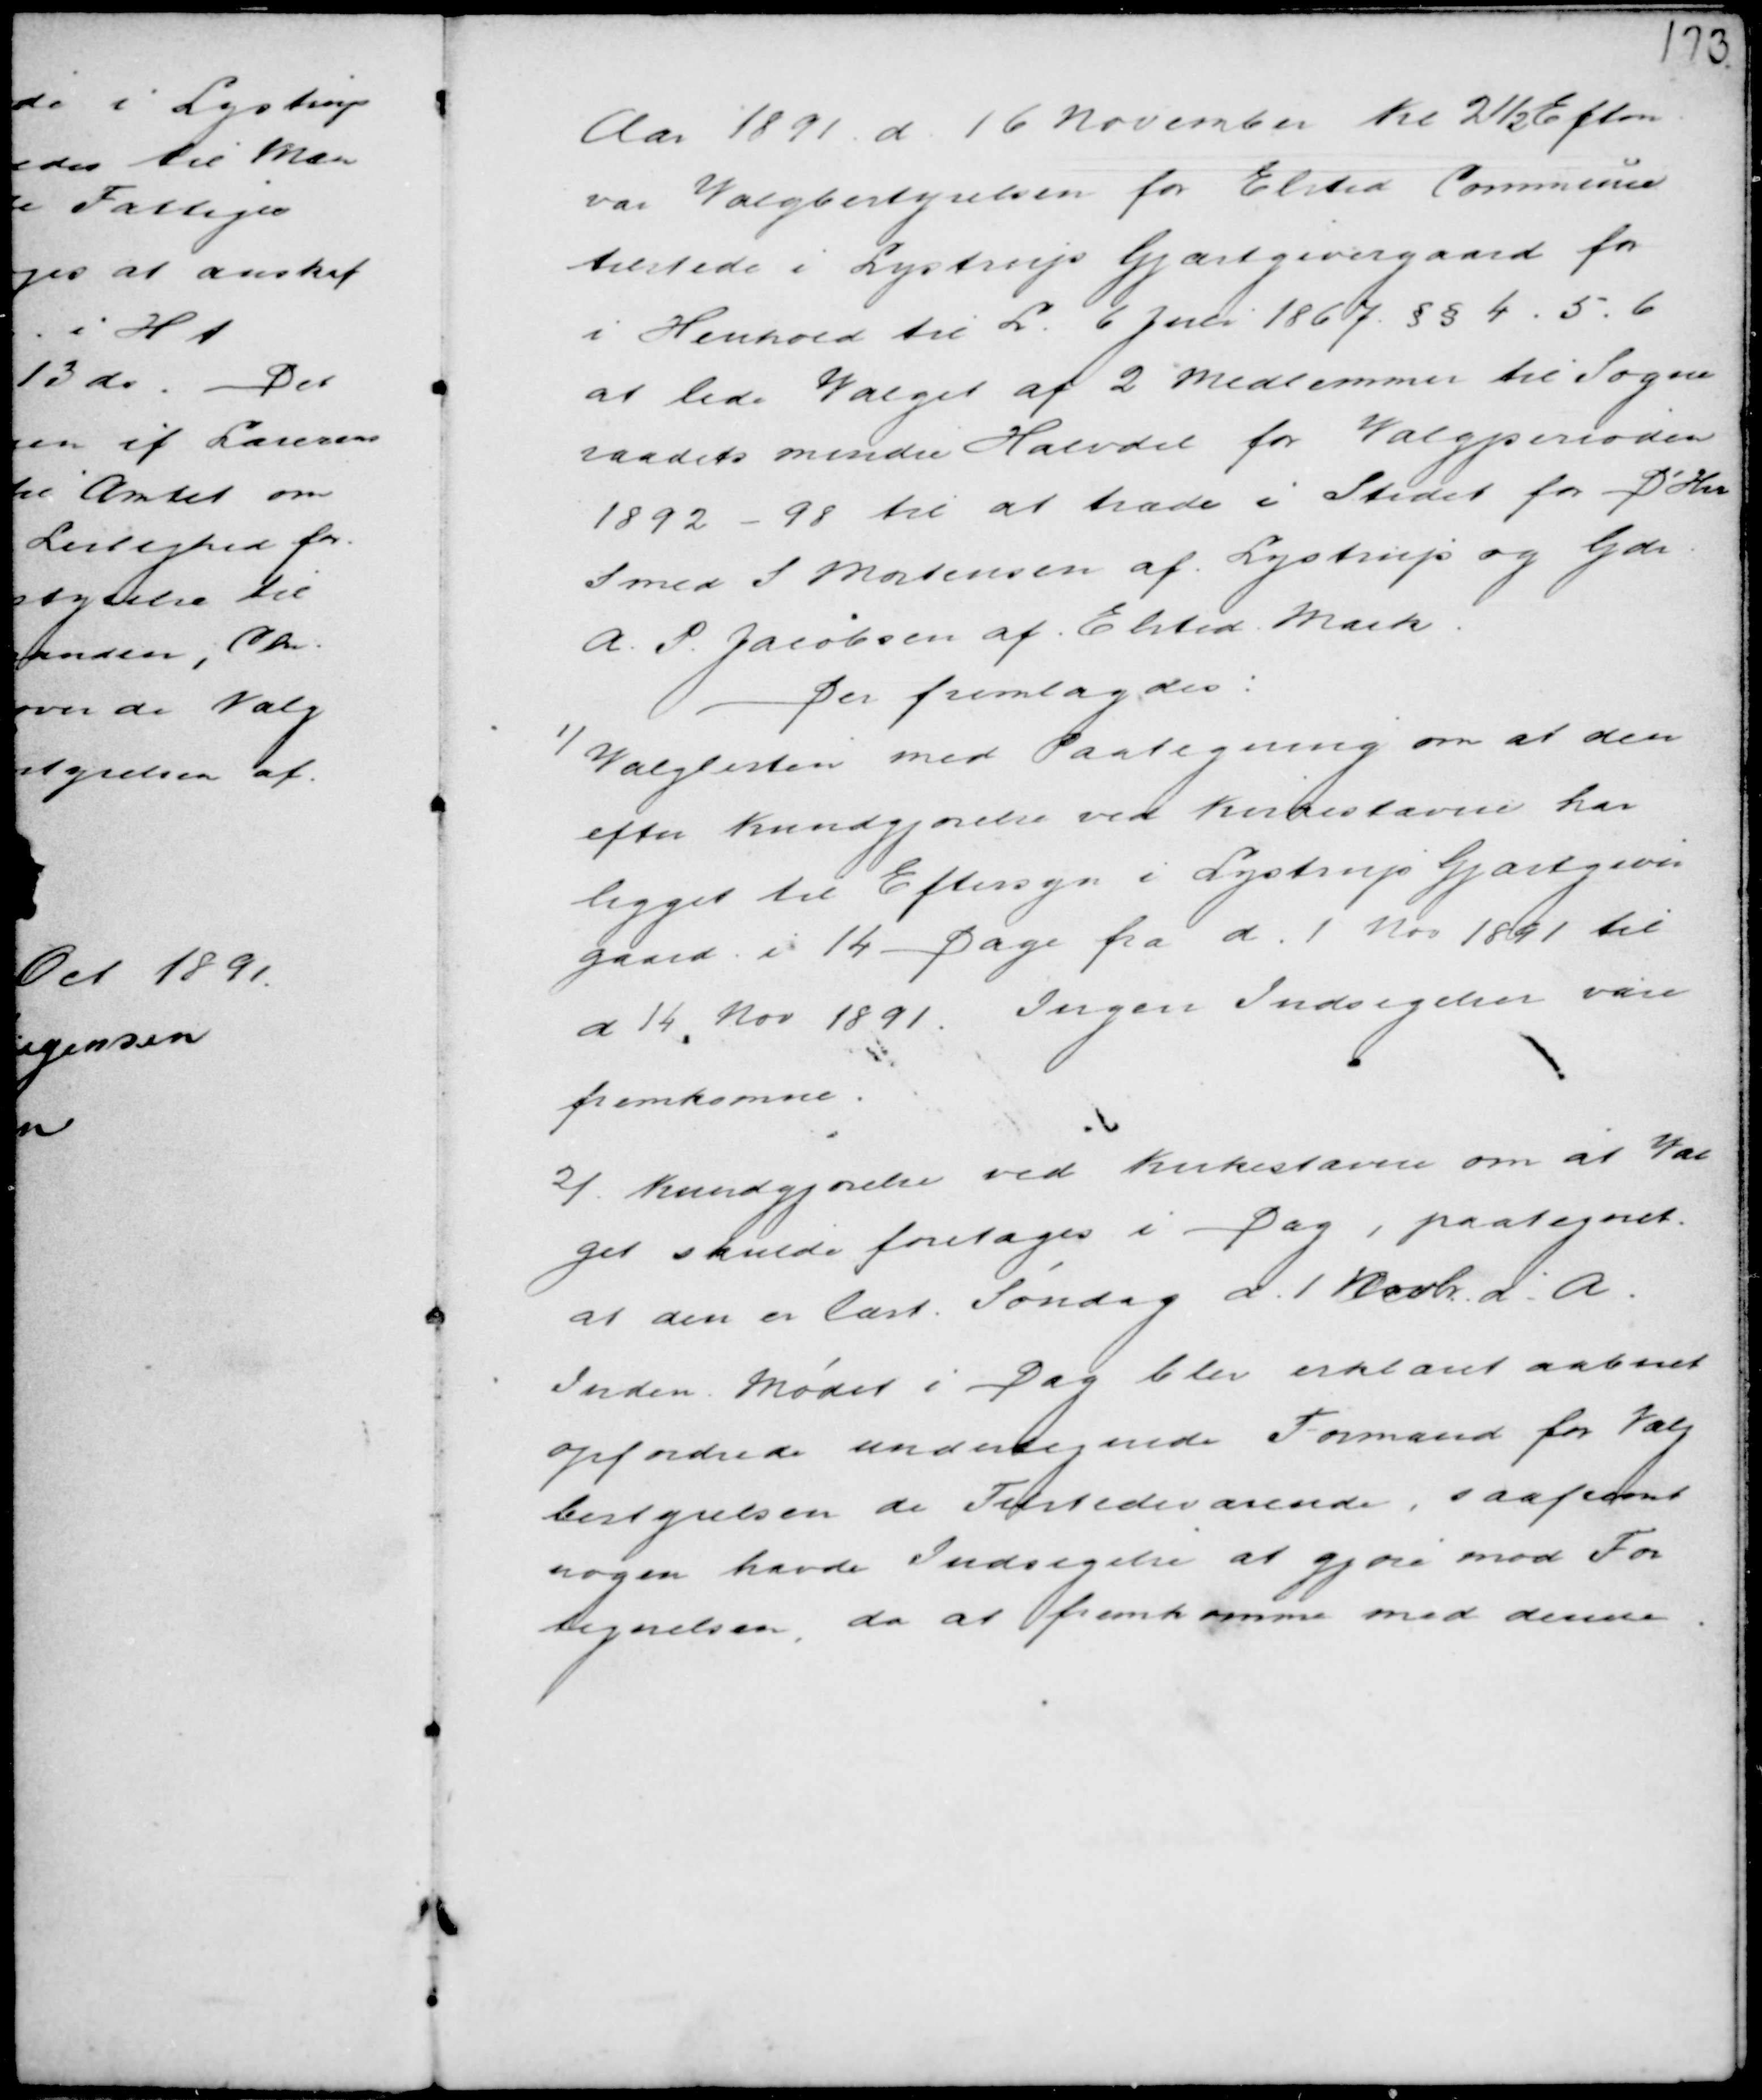
Transskription:
Aar 1891 d 16 November Kl 2½ Efterm
var Valgbestyrelsen for Elsted Commune
tilstede i Lystrup Gjæstgivergaard for
i Henhold til L. 6 Juli 1867 §§ 4 . 5 . 6
at lede Valget af 2 Medlemmer til Sogne
raadets mindre Halvdel for Valgperioden
1892 - 98 til at træde i Stedet for D'Hr
Smed S. Mortensen af Lystrup og Gdr
A. P. Jacobsen af Elsted Mark.
Der fremlagdes:
1) Valglisten med Paategning om at den
efter Kundgjørelse ved Kirkestævne har
ligget til Eftersyn i Lystrup Gjæstgiver
gaard i 14 Dage fra d. 1. Nov 1891 til
d 14 Nov 1891. Ingen Indsigelser vare
fremkomne.

2) Kundgjørelse ved Kirkestævne om at Val
get skulde foretages i Dag, paategnet
at den er læst Søndag d. 1 Novbr d. A.
Inden Mødet i Dag blev erklæret aabnet
opfordrede undertegnede Formand for Valg
bestyrelsen de Tilstedeværende, saafremt
nogen havde Indsigelse at gjøre mod For
tegnelsen, da at fremkomme med denne